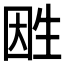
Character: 𤯠